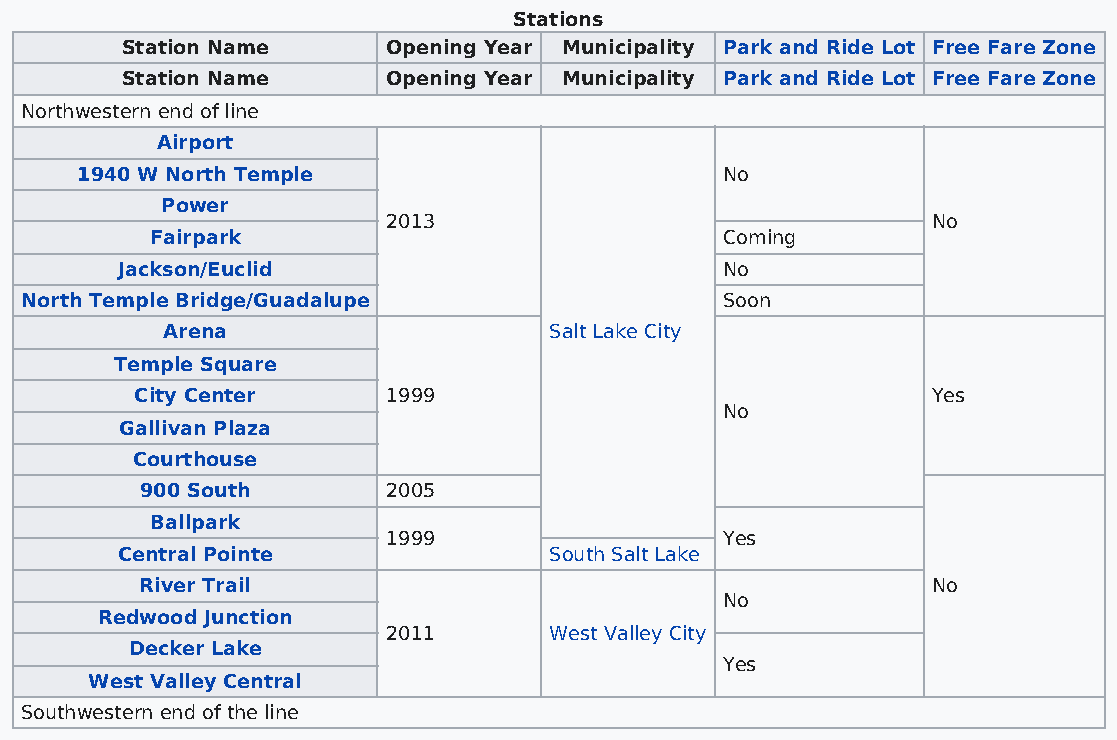
Stations
 Station Name      Opening Year Municipality Park and Ride Lot Free Fare Zone
 Station Name      Opening Year Municipality Park and Ride Lot Free Fare Zone
 Northwestern end of line
 Airport
 1940 W North Temple                        No
 Power
 2013                                No
 Fairpark                              Coming
 Jackson/Euclid                          No
 North Temple Bridge/Guadalupe                  Soon
 Arena                    Salt Lake City
 Temple Square
 City Center      1999                                Yes
 No
 Gallivan Plaza
 Courthouse
 900 South        2005
 Ballpark
 1999                  Yes
 Central Pointe              South Salt Lake
 River Trail                                          No
 No
 Redwood Junction
 2011      West Valley City
 Decker Lake
 Yes
 West Valley Central
 Southwestern end of the line